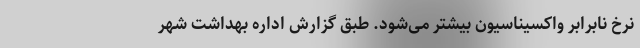
نرخ نابرابر واکسیناسیون بیشتر می‌شود. طبق گزارش اداره بهداشت شهر